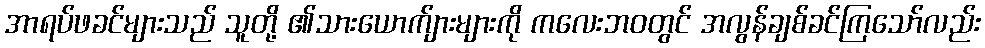
အာရပ်ဖခင်များသည် သူတို့ ၏သားယောက်ျားများကို ကလေးဘဝတွင် အလွန်ချစ်ခင်ကြသော်လည်း